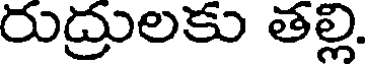
రుద్రులకు తల్లి.